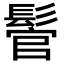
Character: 𩭵